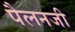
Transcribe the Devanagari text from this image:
पैलनजी